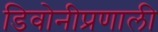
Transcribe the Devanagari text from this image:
डिवोनीप्रणाली